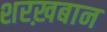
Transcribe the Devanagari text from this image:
शरख़बान